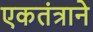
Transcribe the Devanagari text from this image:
एकतंत्राने